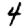
Digit: 4